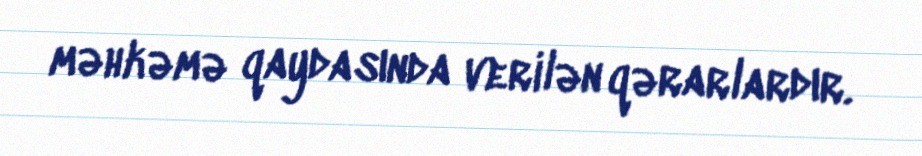
məhkəmə qaydasında verilən qərarlardır.